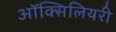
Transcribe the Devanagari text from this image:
ऑक्सिलियरी